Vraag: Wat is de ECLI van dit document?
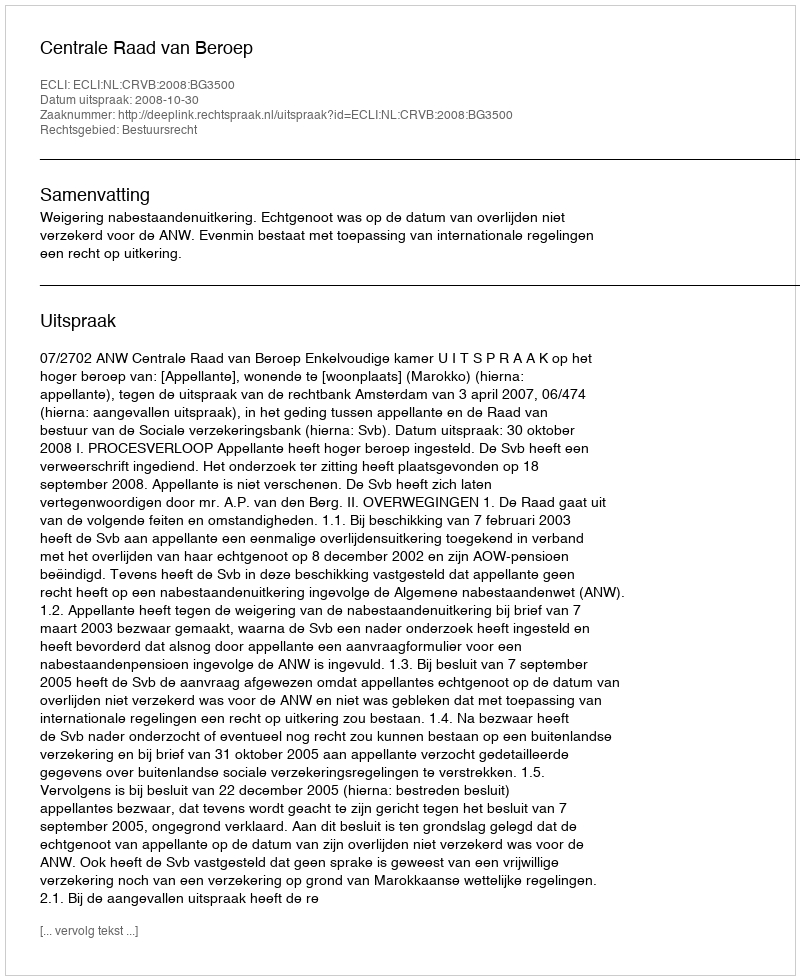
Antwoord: ECLI:NL:CRVB:2008:BG3500